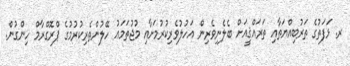
ރ. ޅަފަތުގެ ތަރުބިއްޔަތާއި ތަރައްޤީއަށް ބެލެނިވެރިން އަހުލުވެރިކުރުމަށާއި މުޖުތަމަޢު ހޭލުންތެރިކުރުމުގެ ޕްރޮގްރާމް ހިންގުން.